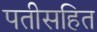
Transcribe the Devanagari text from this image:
पतीसहित